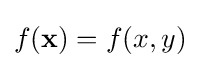
f({\textbf {x}})=f(x,y)